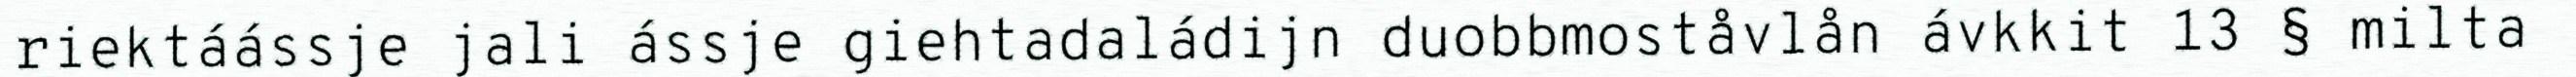
riektáássje jali ássje giehtadaládijn duobbmoståvlån ávkkit 13 § milta